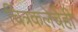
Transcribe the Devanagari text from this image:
चित्रकलेचेही